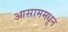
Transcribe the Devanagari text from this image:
आसाममधून